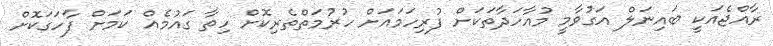
ރާއްޖެއަކީ ބައިނަލް އަގުވާމީ މުއާހަދާތަކަށް ފުރިހަމައަށް ހުރުމަތްތެރިކޮށް ހިތާ ގައުމެއް ކަމަށް ފާހަގަކޮށް